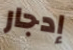
إدجار